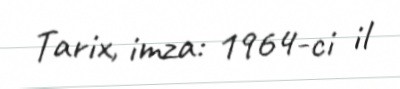
Tarix, imza: 1964-ci il